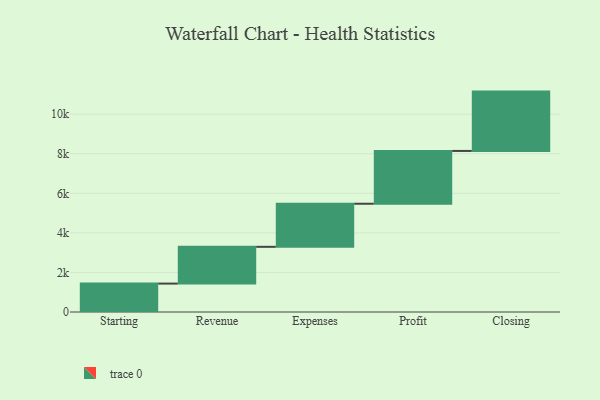
{"axis": {"x": "Step", "y": "Value"}, "legend": [""], "data": [{"x": "Starting", "y": 1436.0, "type": ""}, {"x": "Revenue", "y": 1859.0, "type": ""}, {"x": "Expenses", "y": 2178.0, "type": ""}, {"x": "Profit", "y": 2669.0, "type": ""}, {"x": "Closing", "y": 3000, "type": ""}]}